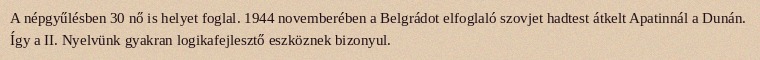
A népgyűlésben 30 nő is helyet foglal. 1944 novemberében a Belgrádot elfoglaló szovjet hadtest átkelt Apatinnál a Dunán. Így a II. Nyelvünk gyakran logikafejlesztő eszköznek bizonyul.